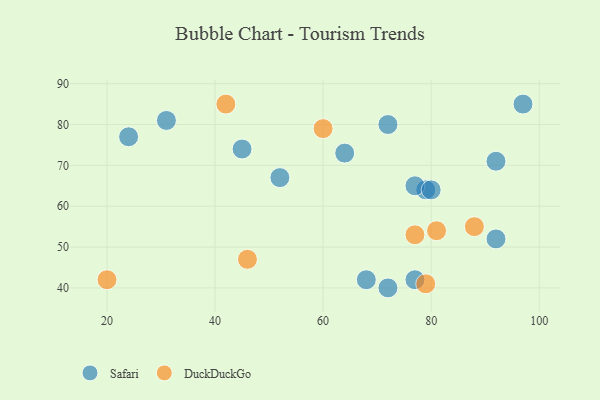
{"axis": {"x": "GDP", "y": "Life Expectancy"}, "legend": ["DuckDuckGo", "Safari"], "data": [{"x": "64", "y": 73, "type": "Safari"}, {"x": "72", "y": 40, "type": "Safari"}, {"x": "31", "y": 81, "type": "Safari"}, {"x": "79", "y": 64, "type": "Safari"}, {"x": "77", "y": 65, "type": "Safari"}, {"x": "68", "y": 42, "type": "Safari"}, {"x": "52", "y": 67, "type": "Safari"}, {"x": "45", "y": 74, "type": "Safari"}, {"x": "80", "y": 64, "type": "Safari"}, {"x": "92", "y": 71, "type": "Safari"}, {"x": "92", "y": 52, "type": "Safari"}, {"x": "72", "y": 80, "type": "Safari"}, {"x": "24", "y": 77, "type": "Safari"}, {"x": "77", "y": 42, "type": "Safari"}, {"x": "97", "y": 85, "type": "Safari"}, {"x": "88", "y": 55, "type": "DuckDuckGo"}, {"x": "60", "y": 79, "type": "DuckDuckGo"}, {"x": "46", "y": 47, "type": "DuckDuckGo"}, {"x": "79", "y": 41, "type": "DuckDuckGo"}, {"x": "81", "y": 54, "type": "DuckDuckGo"}, {"x": "77", "y": 53, "type": "DuckDuckGo"}, {"x": "42", "y": 85, "type": "DuckDuckGo"}, {"x": "20", "y": 42, "type": "DuckDuckGo"}]}